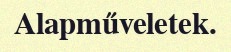
Alapműveletek.